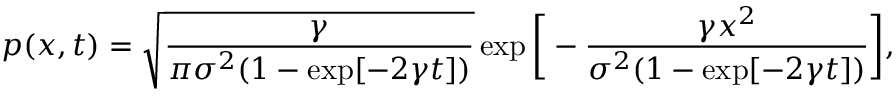
p ( x , t ) = \sqrt { \frac { \gamma } { \pi \sigma ^ { 2 } ( 1 - \exp [ - 2 \gamma t ] ) } } \exp \bigg [ - \frac { \gamma x ^ { 2 } } { \sigma ^ { 2 } ( 1 - \exp [ - 2 \gamma t ] ) } \bigg ] ,